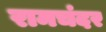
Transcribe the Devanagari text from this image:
रामचंदर